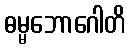
ဓမ္မဘောဂေါတိ